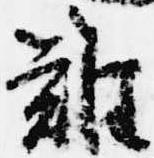
難